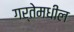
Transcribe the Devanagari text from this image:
गर्तेमधील